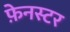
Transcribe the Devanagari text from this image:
फ़ेनस्टर